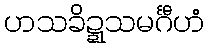
ဟသခိဍ္ဍသမင်္ဂီဟံ